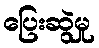
ပြေးဆွဲမှု